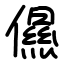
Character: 儑